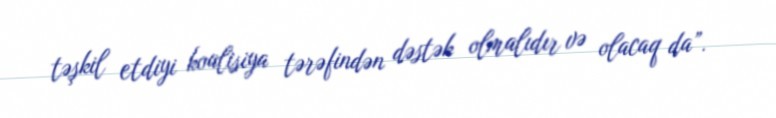
təşkil etdiyi koalisiya tərəfindən dəstək olmalıdır və olacaq da”.